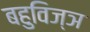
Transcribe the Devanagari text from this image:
बहुविज्ञ